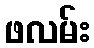
ဖလမ်း